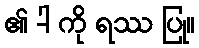
၏ -ါ ကို ရဿ ပြု။